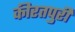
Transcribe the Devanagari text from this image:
कीरतपुरी